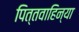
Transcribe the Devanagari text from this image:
पित्तवाहिन्या